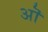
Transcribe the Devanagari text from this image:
अॊ